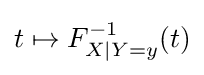
t\mapsto F_{X|Y=y}^{-1}(t)